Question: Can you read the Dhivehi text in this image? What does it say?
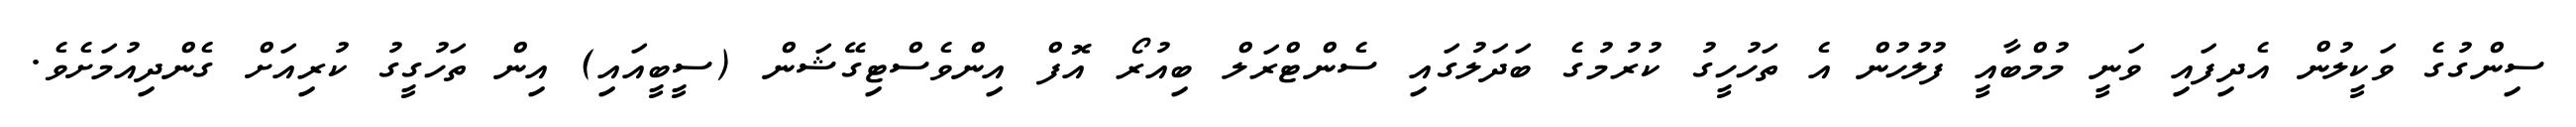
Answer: ސިންގުގެ ވަކީލުން އެދިފައި ވަނީ މުމްބާއީ ފުލުހުން އެ ތަހުހީގު ކުރުމުގެ ބަދަލުގައި ސެންޓްރަލް ބިއުރޯ އޮފް އިންވެސްޓިގޭޝަން (ސީބީއައި) އިން ތަހުގީގު ކުރިއަށް ގެންދިއުމަށެވެ.